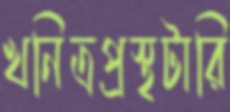
খনিত্রপ্রস্থটারি